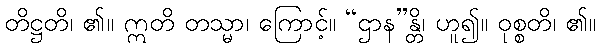
တိဋ္ဌတိ၊ ၏။ ဣတိ တသ္မာ၊ ကြောင့်။ “ဌာန”န္တိ၊ ဟူ၍။ ဝုစ္စတိ၊ ၏။